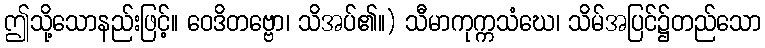
ဤသို့သောနည်းဖြင့်။ ဝေဒိတဗ္ဗော၊ သိအပ်၏။) သီမာကုက္ကသံဃေ၊ သိမ်အပြင်၌တည်သော